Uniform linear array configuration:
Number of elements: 48
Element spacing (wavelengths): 0.5
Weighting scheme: exponential
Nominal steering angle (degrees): -45
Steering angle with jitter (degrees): -44.993
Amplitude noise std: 0.05
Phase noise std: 0.05

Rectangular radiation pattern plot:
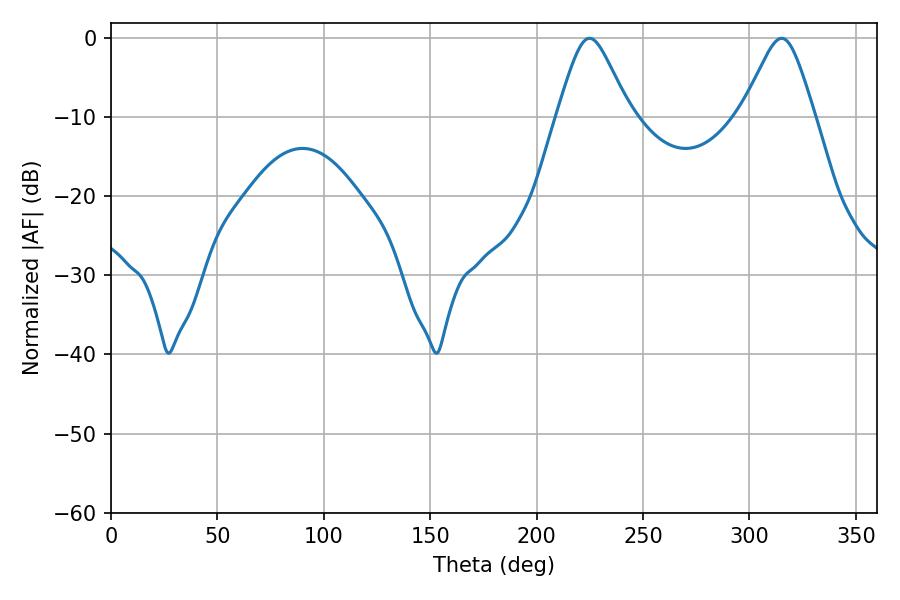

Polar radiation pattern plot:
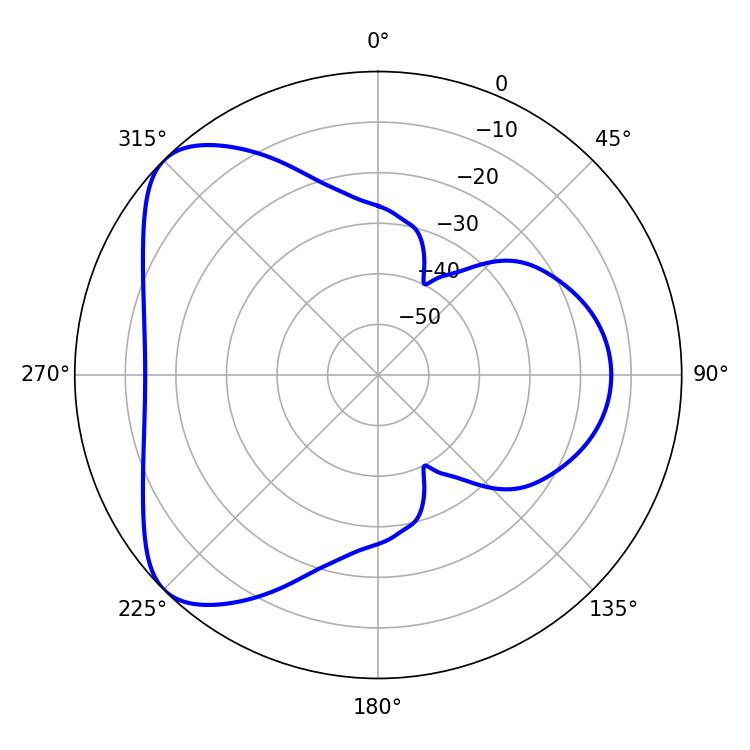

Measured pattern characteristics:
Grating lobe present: FALSE
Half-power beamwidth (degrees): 16.38
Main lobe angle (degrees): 224.82